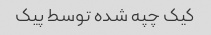
کیک چپه شده توسط پیک